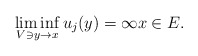
\begin{align*} \liminf_{V\ni y\to x} u_j(y)=\infty x\in E.\end{align*}